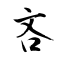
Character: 吝